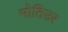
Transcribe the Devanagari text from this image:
मोतिउर